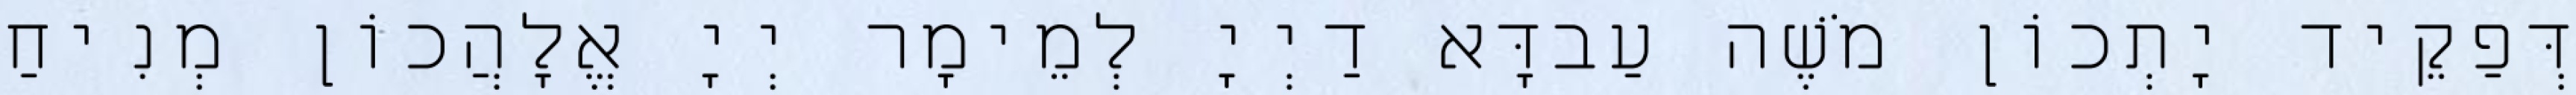
דְּפַקֵיד יָתְכוֹן מֹשֶׁה עַבדָּא דַיְיָ לְמֵימָר יְיָ אֱלָהֲכוֹן מְנִיחַ